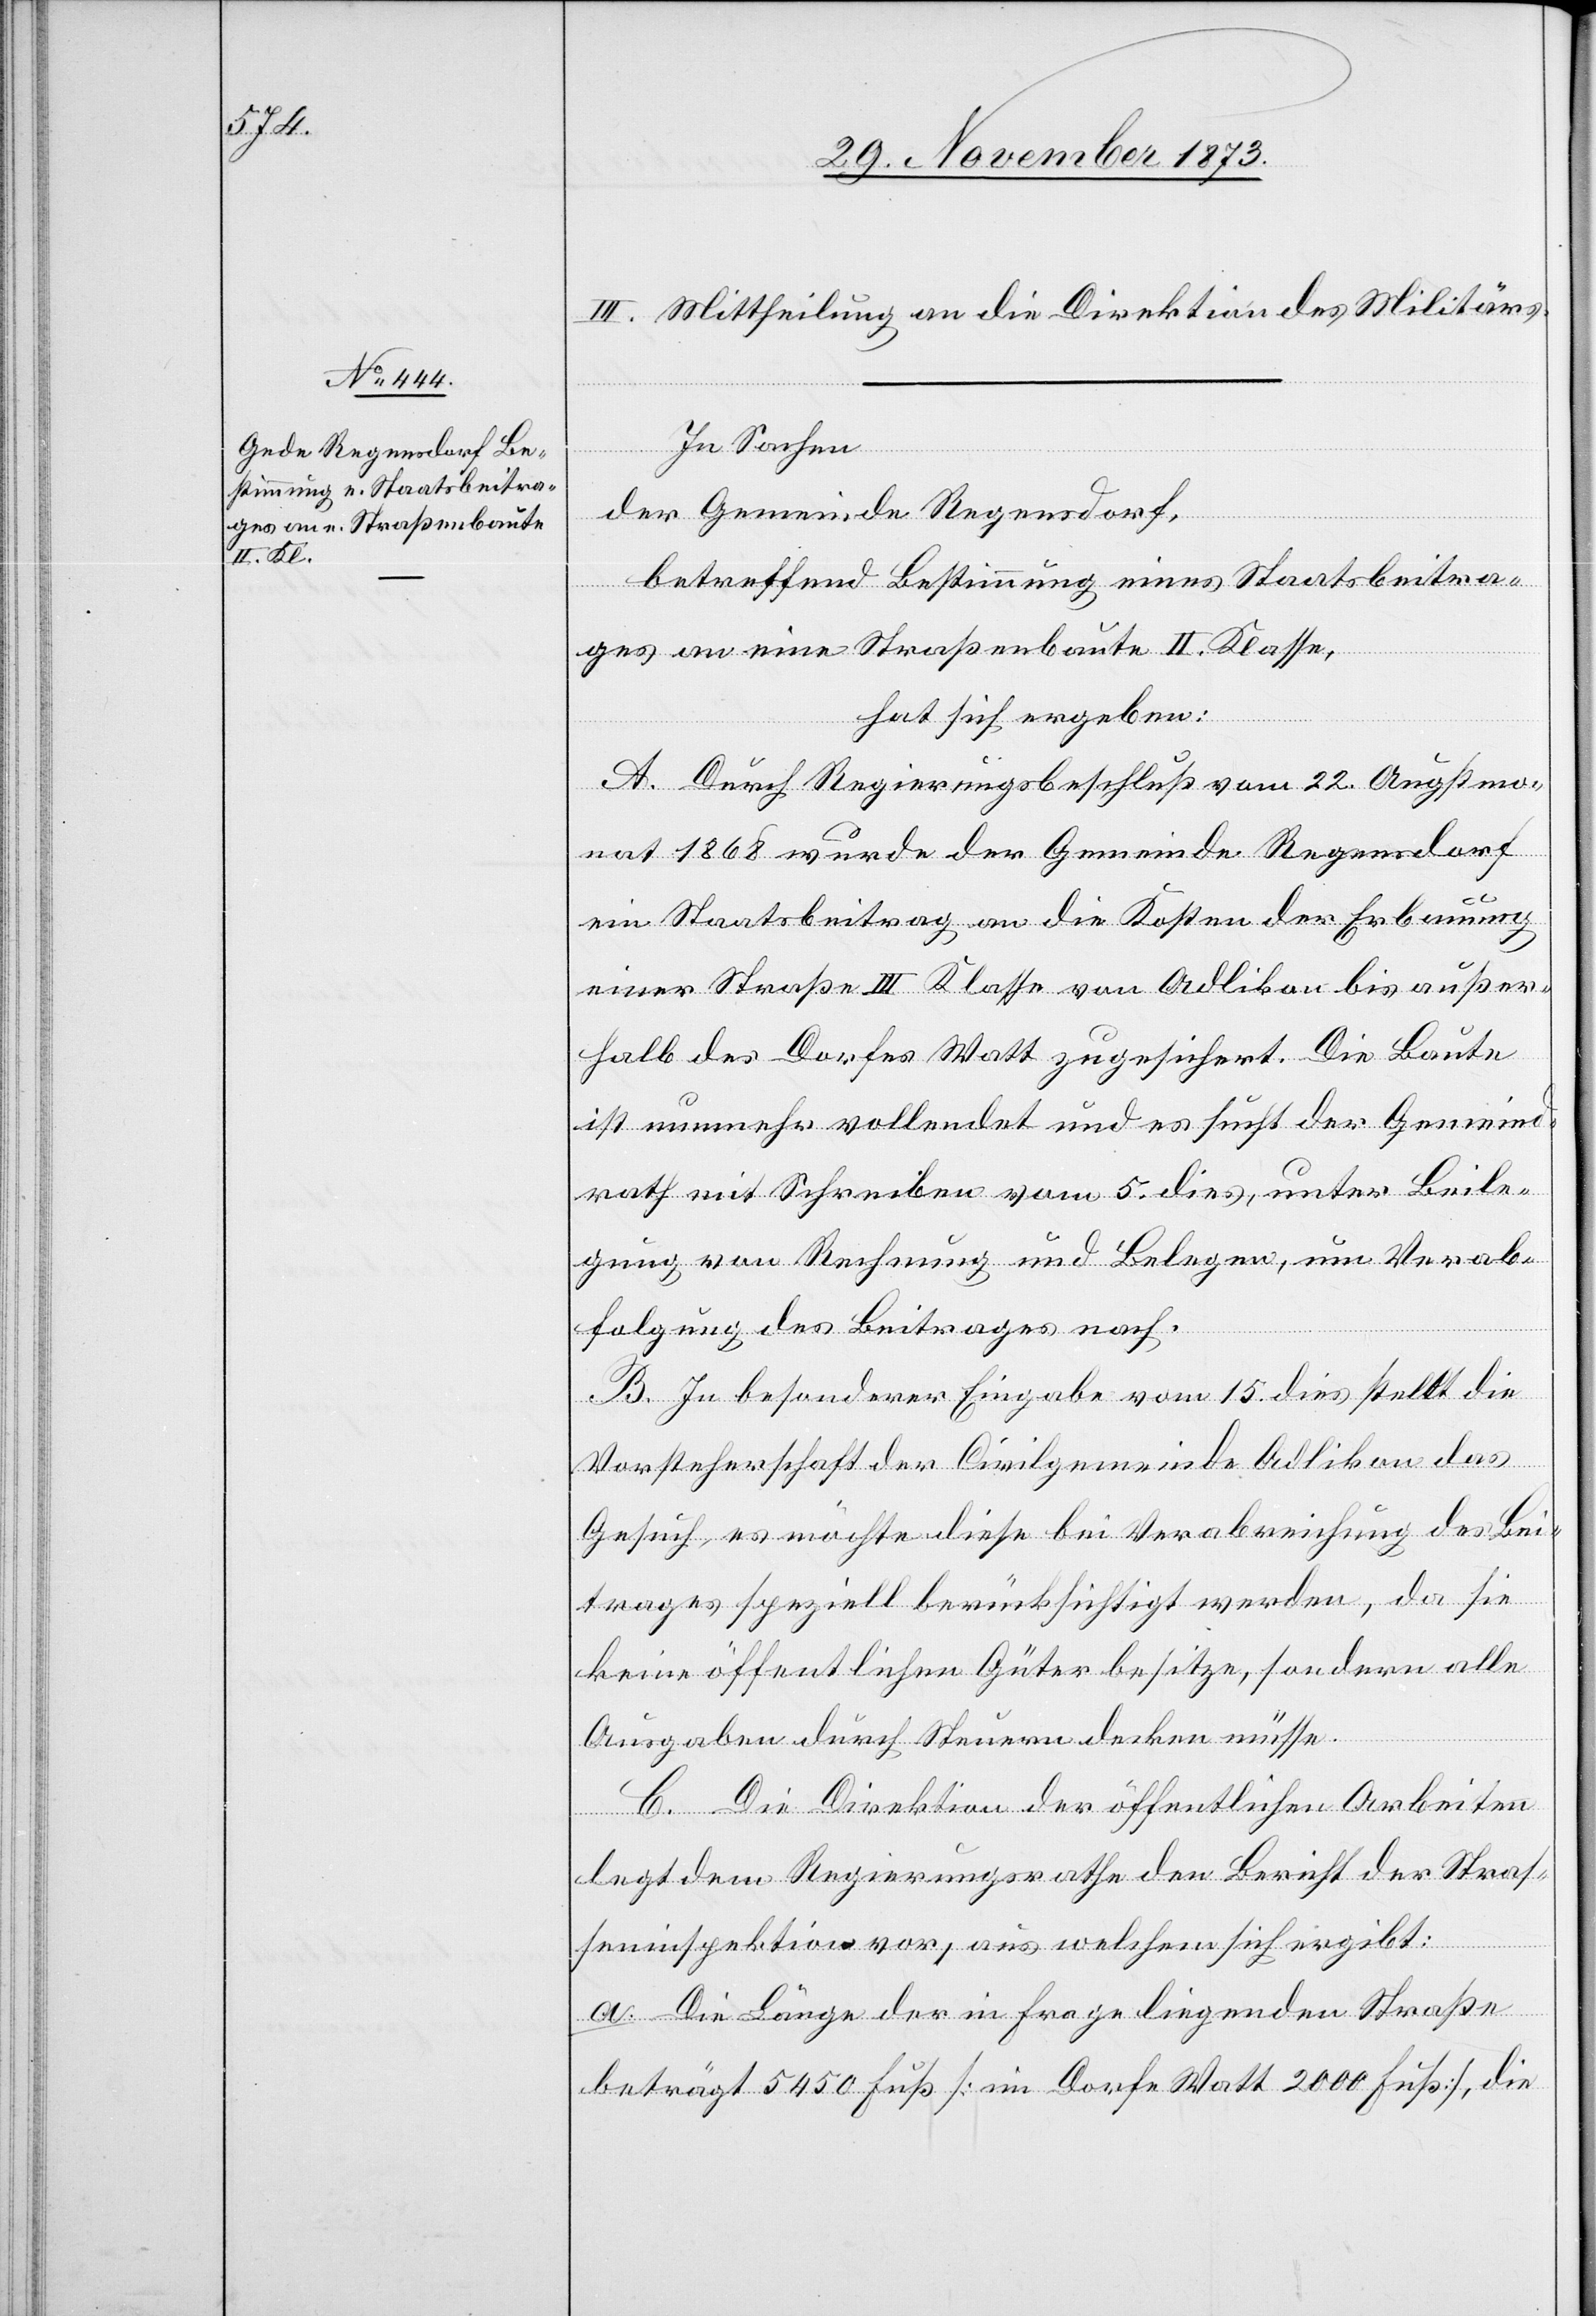
III. Mittheilung an die Direktion des Militärs.
In Sachen
der Gemeinde Regensdorf,
betreffend Bestimmung eines Staatsbeitra¬
ges an eine Straßenbaute II. Klasse,
hat sich ergeben:
A. Durch Regierungsbeschluß vom 22. Augstmo¬
nat 1868 wurde der Gemeinde Regensdorf
ein Staatsbeitrag an die Kosten der Erbauung
einer Straße III Klasse von Adlikon bis außer¬
halb des Dorfes Watt zugesichert. Die Baute
ist nunmehr vollendet und es sucht der Gemeind¬
rath mit Schreiben vom 5. dies, unter Beile¬
gung von Rechnung und Belegen, um Verab¬
folgung des Beitrages nach.
B. In besonderer Eingabe vom 15. dies stellt die
Vorsteherschaft der Civilgemeinde Adlikon das
Gesuch, es möchte diese bei Verabreichung des Bei¬
trages speziell berücksichtigt werden, da sie
keine öffentlichen Güter besitze, sondern alle
Ausgaben durch Steuern decken müsse.
C. Die Direktion der öffentlichen Arbeiten
legt dem Regierungsrathe den Bericht der Stras¬
seninspektion vor, aus welchem sich ergibt:
a. Die Länge der in Frage liegenden Straße
beträgt 5 540 Fuß [im Dorfe Watt 2 000 Fuß], die